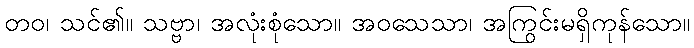
တဝ၊ သင်၏။ သဗ္ဗာ၊ အလုံးစုံသော။ အဝသေသာ၊ အကြွင်းမရှိကုန်သော။